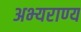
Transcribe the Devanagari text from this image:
अभ्‍यराण्‍य